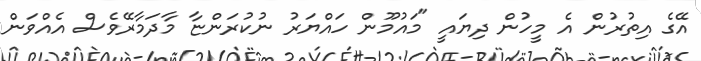
އޭގެ އިތުރުން އެ މީހުން ދިޔައީ "މައުމޫން ހައްޔަރު ނުކުރަންޏާ މާދަމާރޭވެސް އެއްވަން